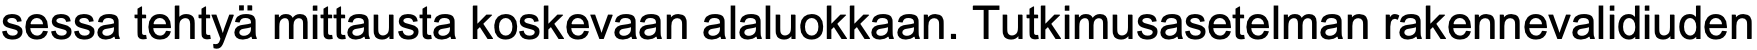
sessa tehtyä mittausta koskevaan alaluokkaan. Tutkimusasetelman rakennevalidiuden